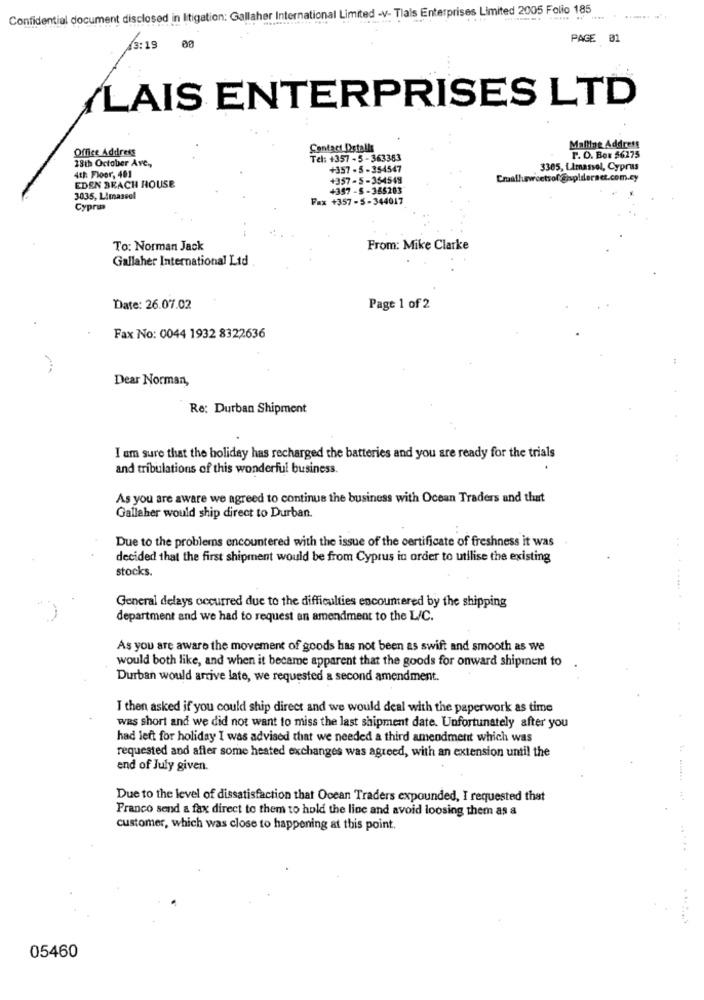
Confidential document disclosed in litigation: Gallaher International Limited -V- Tlals Enterprises Limited 2005 Folio 185
PAGE 01
13:19
YLAIS ENTERPRISES LTD
Office Address
Contact Details
Mailing Address
18th October Ave .,
Tel: +357 - 5 - 363383
P. O. Box $6275
+357 - 5-354547
3305, Limassol, Cyprus
4th Floor, 401
+357- 5-354548
Cruallusweetsof @spiderset.com.cy
EDEN BEACH HOUSE
+357 - 5 - 365203
3035, Limassol
Fax +357 -5-344017
Cypri
To: Norman Jack
From: Mike Clarke
Gallaher International Ltd
Date: 26.07.02
Page 1 of 2
Fax No: 0044 1932 8322636
Dear Norman,
Re: Durban Shipment
I am sure that the holiday has recharged the batteries and you are ready for the trials
and tribulations of this wonderful business.
As you are aware we agreed to continue the business with Ocean Traders and that
Gallaher would ship direct to Durban.
Due to the problems encountered with the issue of the certificate of freshness it was
decided that the first shipment would be from Cyprus in order to utilise the existing
stocks.
.........
General delays occurred due to the difficulties encountered by the shipping
department and we had to request an amendment to the L/C.
As you are aware the movement of goods has not been as swift and smooth as we
would both like, and when it became apparent that the goods for onward shipment to
Durban would arrive late, we requested a second amendment.
I then asked if you could ship direct and we would deal with the paperwork as time
was short and we did not want to miss the last shipment date. Unfortunately after you
had left for holiday I was advised that we needed a third amendment which was
requested and after some heated exchanges was agreed, with an extension until the
end of July given.
Due to the level of dissatisfaction that Ocean Traders expounded, I requested that
Franco send a fax direct to them to hold the line and avoid loosing them as a
customer, which was close to happening at this point.
...... .
05460